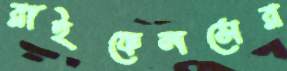
রাইফেলসের